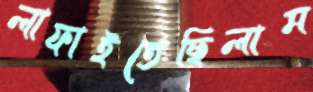
লাফাইতেছিলাম